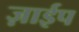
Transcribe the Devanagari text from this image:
ज़ाईप